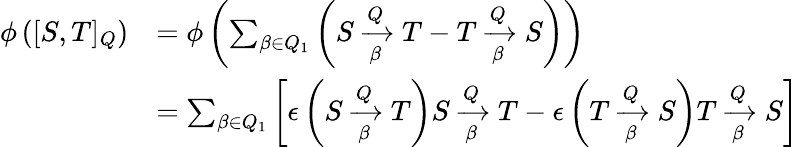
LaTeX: \begin{array}{rl}{\phi\left([S,T]_{Q}\right)}&{=\phi\left(\sum_{\beta\in Q_{1}}{\left(S\xrightarrow[\beta]{Q}T-T\xrightarrow[\beta]{Q}S\right)}\right)}\\ &{=\sum_{\beta\in Q_{1}}{\left[\epsilon\left(S\xrightarrow[\beta]{Q}T\right)S\xrightarrow[\beta]{Q}T-\epsilon\left(T\xrightarrow[\beta]{Q}S\right)T\xrightarrow[\beta]{Q}S\right]}}\end{array}